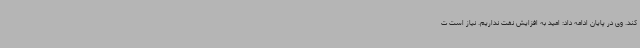
کند. وی در پایان ادامه داد: امید به افزایش نفت نداریم. نیاز است ت